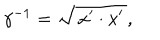
LaTeX: \gamma ^ { - 1 } = \sqrt { \, x ^ { \prime } \cdot x ^ { \prime } \, } ,